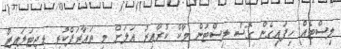
ލިސްޓެއް ހިފައިގެން ގޮސް ލިސްޓުން މާކް ކުރާއިރު އަލަށް މި ތައާރަފްކުރި ޑިޖިޓަލައިޒް